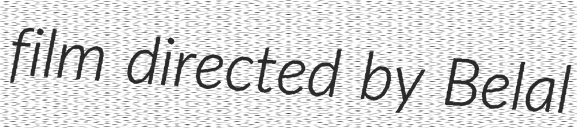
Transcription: film directed by Belal